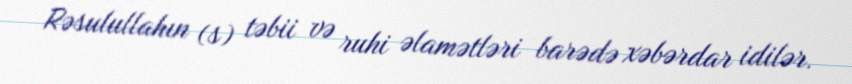
Rəsulullahın (s) təbii və ruhi əlamətləri barədə xəbərdar idilər.